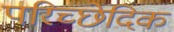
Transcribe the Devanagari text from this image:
परिच्छेदिक